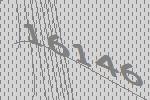
16146